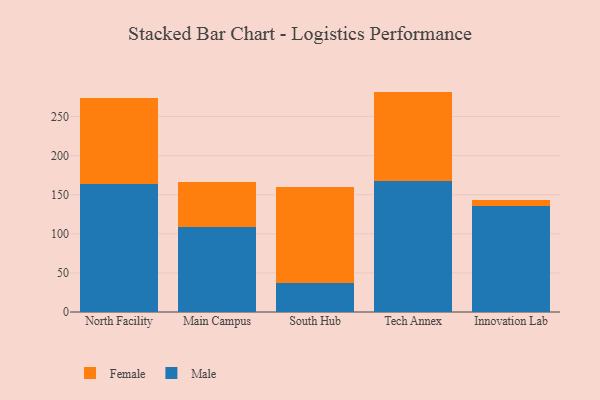
{"axis": {"x": "Campus", "y": "Churn Rate (%)"}, "legend": ["Female", "Male"], "data": [{"x": "North Facility", "y": 163.9, "type": "Male"}, {"x": "North Facility", "y": 110.4, "type": "Female"}, {"x": "Main Campus", "y": 109.3, "type": "Male"}, {"x": "Main Campus", "y": 57.2, "type": "Female"}, {"x": "South Hub", "y": 37.1, "type": "Male"}, {"x": "South Hub", "y": 122.9, "type": "Female"}, {"x": "Tech Annex", "y": 167.0, "type": "Male"}, {"x": "Tech Annex", "y": 114.9, "type": "Female"}, {"x": "Innovation Lab", "y": 135.9, "type": "Male"}, {"x": "Innovation Lab", "y": 7.9, "type": "Female"}]}